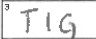
Transcription: TIG